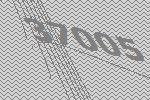
37005